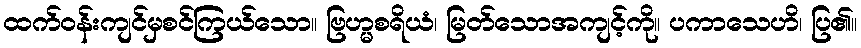
ထက်ဝန်းကျင်မှစင်ကြယ်သော။ ဗြဟ္မစရိယံ၊ မြတ်သောအကျင့်ကို။ ပကာသေဟိ၊ ပြ၏။